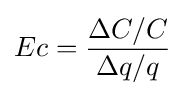
Ec={\frac {\Delta C/C}{\Delta q/q}}